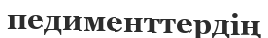
педименттердің